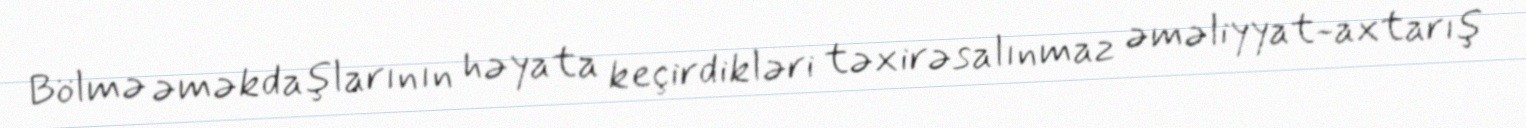
Bölmə əməkdaşlarının həyata keçirdikləri təxirəsalınmaz əməliyyat-axtarış